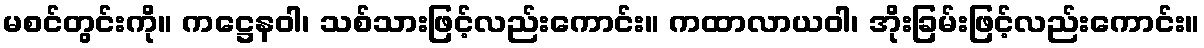
မစင်တွင်းကို။ ကဋ္ဌေနဝါ၊ သစ်သားဖြင့်လည်းကောင်း။ ကထာလာယဝါ၊ အိုးခြမ်းဖြင့်လည်းကောင်း။